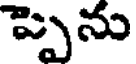
ప్పెను